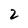
Character: 2